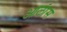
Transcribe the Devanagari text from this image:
आलांस